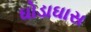
ઘોડાઘાસ